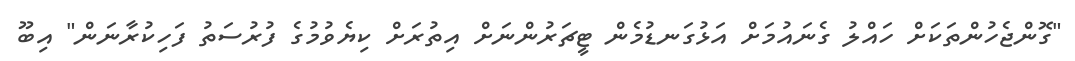
"ގޮންޖެހުންތަކަށް ހައްލު ގެނައުމަށް އަޅުގަނޑުމެން ޓީޗަރުންނަށް އިތުރަށް ކިޔެވުމުގެ ފުރުސަތު ފަހިކުރާނަން" އިބޫ